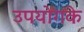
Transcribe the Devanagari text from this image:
उपयोगके